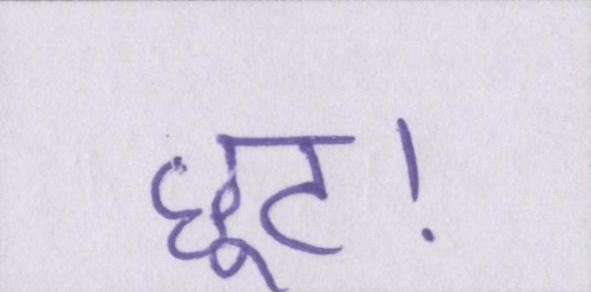
छूट।